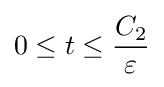
0\leq t\leq {\frac {C_{2}}{\varepsilon }}